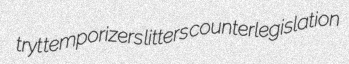
tryt temporizers litters counterlegislation